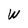
Character: W